Scottish Leaving Certificate Examination, 1955
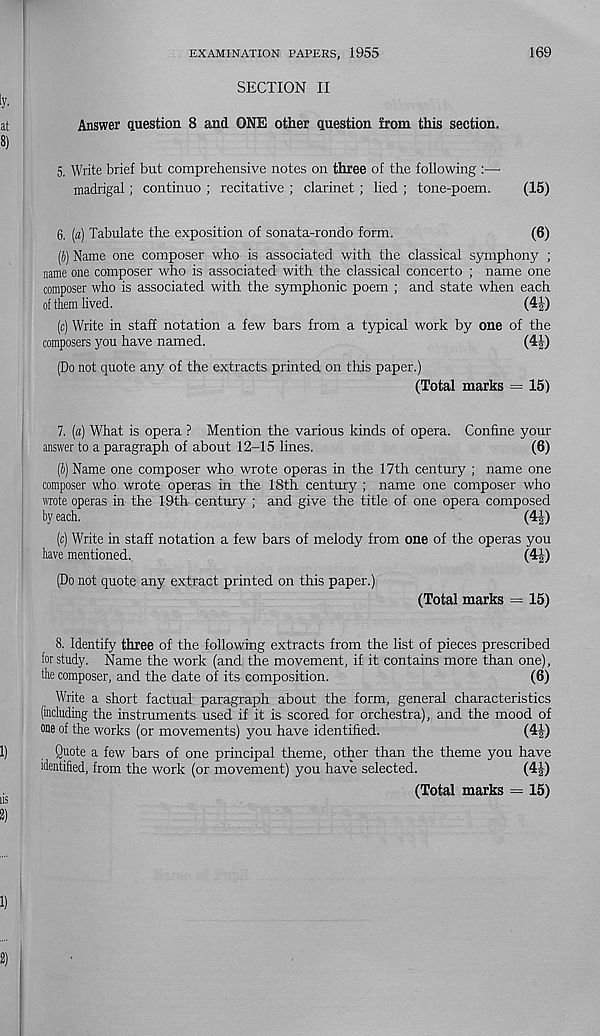
EXAMINATION PAPERS, 1955
169
SECTION II
iy.
at
Answer question 8 and ONE other question from this section.
8)
5. Write brief but comprehensive notes on three of the following :—
madrigal; continuo ; recitative ; clarinet ; lied ; tone-poem.
(15)
6. (a) Tabulate the exposition of sonata-rondo form.
(6)
(b) Name one composer who is associated with the classical symphony ;
name one composer who is associated with the classical concerto ; name one
composer who is associated with the symphonic poem ; and state when each
of them lived.
(4|)
(c) Write in staff notation a few bars from a typical work by one of the
composers you have named.
(4£)
(Do not quote any of the extracts printed on this paper.)
(Total marks = 15)
7. (a) What is opera ? Mention the various kinds of opera. Confine your
answer to a paragraph of about 12-15 lines.
(6)
[b) Name one composer who wrote operas in the 17th century ; name one
composer who wrote operas in the 18th century ; name one composer who
wrote operas in the 19th century : and give the title of one opera composed
by each.
(4^)
(c) Write in staff notation a few bars of melody from one of the operas you
have mentioned.
m
(Do not quote any extract printed on this paper.)
(Total marks = 15)
8. Identify three of the following extracts from the list of pieces prescribed
for study. Name the work (and the movement, if it contains more than one),
the composer, and the date of its composition.
(6)
Write a short factual paragraph about the form, general characteristics
(including the instruments used if it is scored for orchestra), and the mood of
one of the works (or movements) you have identified.
(4|)
1)
Quote a few bars of one principal theme, other than the theme you have
identified, from the work (or movement) you have selected.
(4J)
_
(Total marks = 15)
l)
1)